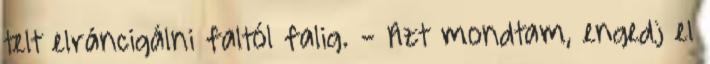
telt elráncigálni faltól falig. - Azt mondtam, engedj el